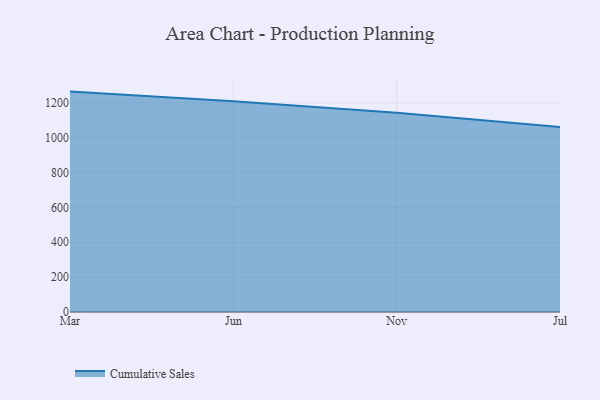
{"axis": {"x": "Month", "y": "Page Views"}, "legend": ["Cumulative Sales"], "data": [{"x": "Mar", "y": 1264.3, "type": "Cumulative Sales"}, {"x": "Jun", "y": 1208.3, "type": "Cumulative Sales"}, {"x": "Nov", "y": 1143.6, "type": "Cumulative Sales"}, {"x": "Jul", "y": 1061.8, "type": "Cumulative Sales"}]}